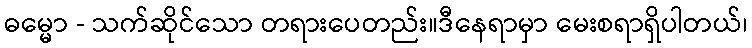
ဓမ္မော - သက်ဆိုင်သော တရားပေတည်း။ဒီနေရာမှာ မေးစရာရှိပါတယ်၊